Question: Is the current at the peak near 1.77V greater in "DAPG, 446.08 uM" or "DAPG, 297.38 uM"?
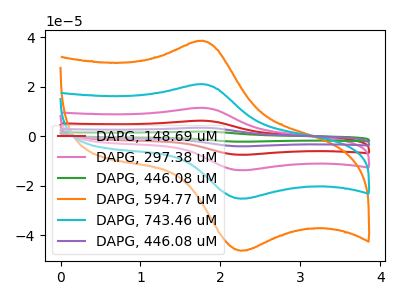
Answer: <think>The red curve "DAPG, 148.69 uM" has an anodic peak at (1.75V, 63.15uA) and a cathodic peak at (2.25V, -75.80uA). The pink curve "DAPG, 297.38 uM" has an anodic peak at (1.75V, 42.10uA) and a cathodic peak at (2.25V, -50.55uA). The green curve "DAPG, 446.08 uM" has an anodic peak at (1.75V, 105.30uA) and a cathodic peak at (2.25V, -126.30uA). The orange curve "DAPG, 594.77 uM" has an anodic peak at (1.75V, 38.60uA) and a cathodic peak at (2.25V, -46.30uA). The cyan curve "DAPG, 743.46 uM" has an anodic peak at (1.75V, 21.05uA) and a cathodic peak at (2.25V, -25.25uA). The purple curve "DAPG, 446.08 uM" has an anodic peak at (1.75V, 84.20uA) and a cathodic peak at (2.25V, -101.05uA).</think>
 <answer>The peak at 1.77V is higher in "DAPG, 446.08 uM" than in "DAPG, 297.38 uM".</answer>
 <eval>higher</eval>